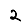
Digit: 2